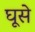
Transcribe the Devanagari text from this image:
घूसे